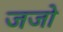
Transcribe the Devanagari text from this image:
जजो